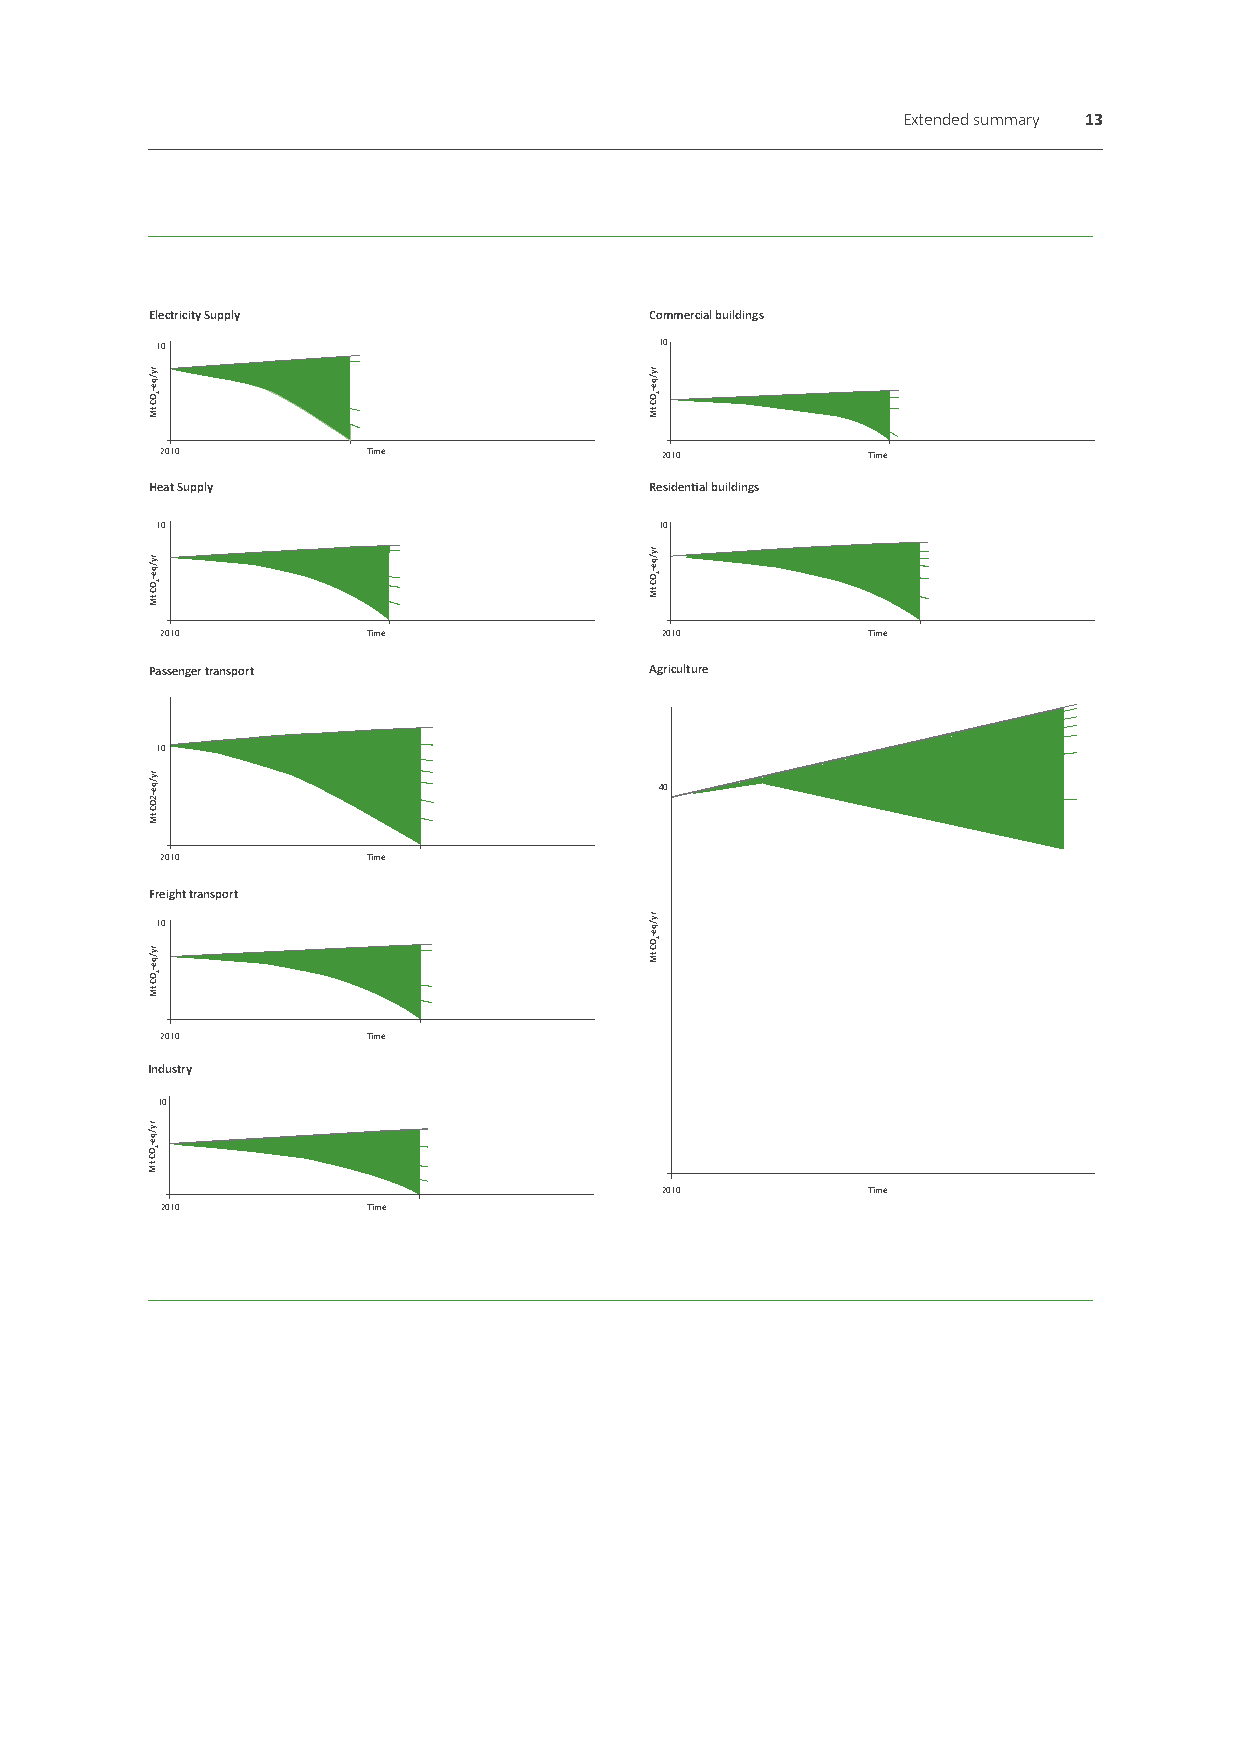
Extended summary 13
 Electricity Supply               Commercial buildings
 10                                10
 2010         Time                2010         Time
 Heat Supply                      Residential buildings
 10                                10
 2010         Time                2010         Time
 Passenger transport              Agriculture
 10
 40
 2010         Time
 Freight transport
 10
 2010         Time
 Industry
 10
 2010         Time
 2010         Time
 ry/qe-2OC
 tM
 ry/qe-2OC
 tM
 ry/qe-2OC
 tM
 ry/qe-2OC
 tM
 ry/qe-2OC
 tM
 ry/qe-2OC
 tM
 ry/qe-2OC
 tM
 ry/qe-2OC
 tM